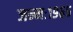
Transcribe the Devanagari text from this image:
जन्मः१९६५